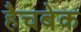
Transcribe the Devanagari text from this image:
हैचबेक